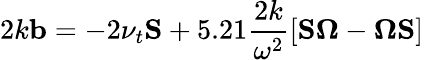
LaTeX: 2k\mathbf{b}=-2\nu_{t}\mathbf{S}+5.21\frac{2k}{\omega^{2}}\left[\mathbf{S}\boldsymbol{\Omega}-\boldsymbol{\Omega}\mathbf{S}\right]